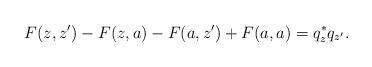
LaTeX: \begin{align*}F(z,z')-F(z,a)-F(a,z')+F(a,a)=q_z^*q_{z'}.\end{align*}